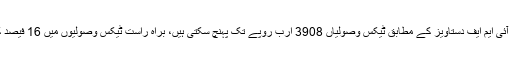
رواں مالی سال کورونا وائرس کے سبب ٹیکس وصولیوں میں کمی کا خدشہ ہے، آئی ایم ایف دستاویز کے مطابق ٹیکس وصولیاں 3908 ارب روپے تک پہنچ سکتی ہیں، براہ راست ٹیکس وصولیوں میں 16 فیصد کمی کے بعد براہ راست ٹیکس وصولیاں 1622 ارب روپے رہنے کا امکان ہے۔